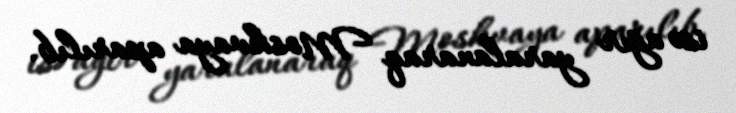
isə ağır yaralanaraq Moskvaya aparılıb.